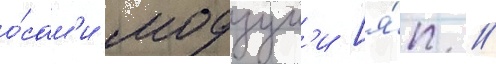
о́сам'и модзум'и [я́п. //